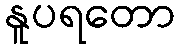
နူပရတော